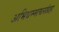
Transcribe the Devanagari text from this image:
अभिधम्मत्थसंग्रह